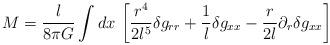
LaTeX: \begin{align*}M = \frac{l}{8\pi G} \int dx \, \left[ \frac{r^4}{2l^5} \delta g_{rr}+ \frac{1}{l} \delta g_{xx} - \frac{r}{2l} \partial_r \delta g_{xx}\right]\end{align*}